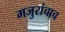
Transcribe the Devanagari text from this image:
मजुरांचाच